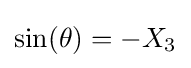
\sin(\theta )=-X_{3}